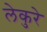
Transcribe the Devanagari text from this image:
लेकुरे